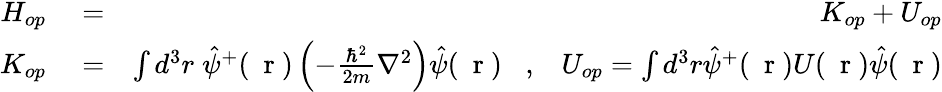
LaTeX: \begin{array}{rlr}{H_{op}}&{{}=}&{K_{op}+U_{op}}\\ {K_{op}}&{{}=}&{\int d^{3}r\; \hat{\psi}^{+}(\mathrm{~\mathbf~r~})\left(-\frac{\hbar^{2}}{2m}\nabla^{2}\right)\hat{\psi}(\mathrm{~\mathbf~r~})\; \; \; ,\; \; \; U_{op}=\int d^{3}r\hat{\psi}^{+}(\mathrm{~\mathbf~r~})U(\mathrm{~\mathbf~r~})\hat{\psi}(\mathrm{~\mathbf~r~})}\end{array}